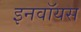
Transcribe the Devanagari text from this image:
इनवॉयस